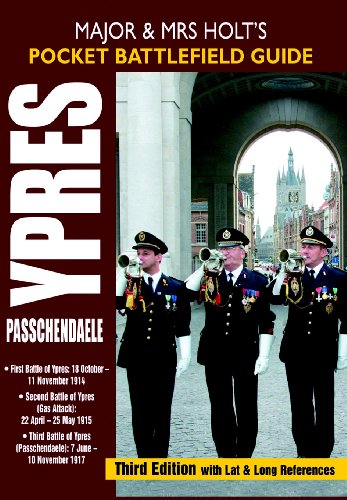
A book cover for MAJOR AND MRS HOLT'S POCKET BATTLEFIELD GUIDE TO YPRES AND PASSCHENDAELE: 1st Ypres; 2nd Ypres (Gas Attack); 3rd Ypres (Passchendaele)(Holts Pocket Battlefield Guide); Tonie Holt; Travel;